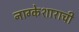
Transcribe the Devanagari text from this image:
नाग्केशाराची